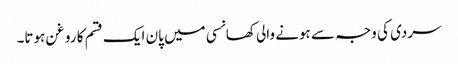
سردی کی وجہ سے ہونے والی کھانسی میں پان ایک قسم کا روغن ہوتا۔